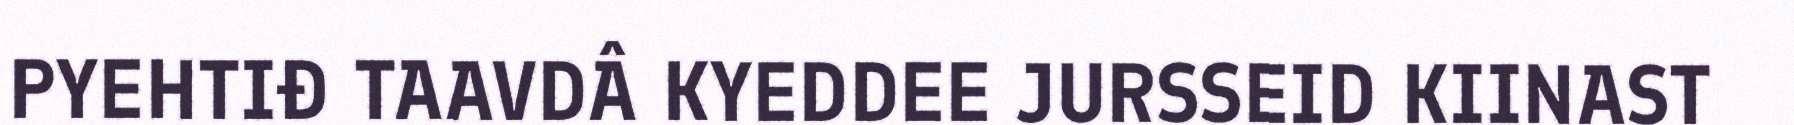
PYEHTIĐ TAAVDÂ KYEDDEE JURSSEID KIINAST